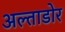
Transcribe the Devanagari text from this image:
अल्ताडोर